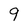
Character: 9